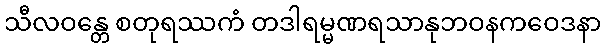
သီလဝန္တေ စတုရဿကံ တဒါရမ္မဏရသာနုဘဝနကဝေဒနာ